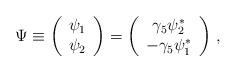
LaTeX: \begin{align*}\Psi\equiv\left(\begin{array}{c}\psi_1\\\psi_2\end{array}\right)=\left(\begin{array}{c}\gamma_5\psi_2^*\\-\gamma_5\psi_1^*\end{array}\right)\, ,\end{align*}